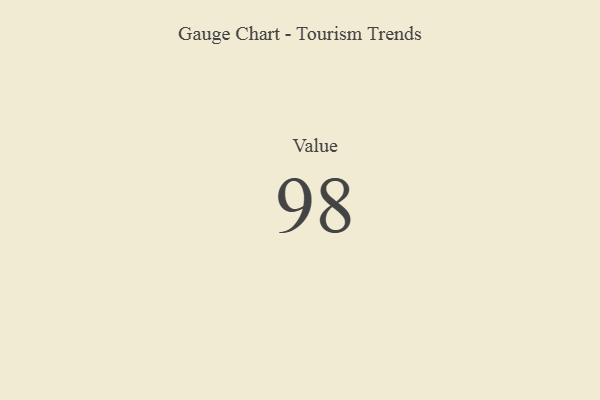
{"axis": {"x": "Metric", "y": "Value"}, "legend": [""], "data": [{"x": "Value", "y": 98, "type": ""}]}